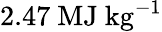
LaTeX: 2.47~\mathrm{MJ~kg^{-1}}